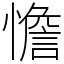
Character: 憺